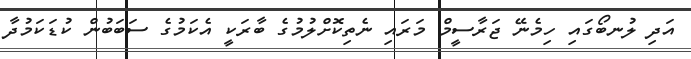
އަދި ލުނބޯގައި ހިމެނޭ ޖަރާސީމް މަރައި ނެތިކޮށްލުމުގެ ބާރަކީ އެކަމުގެ ސަބަބުން ކުޑަކަމުދާ